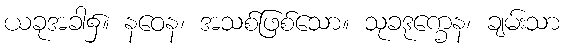
ယခုအခါ၌။ နဝေန၊ အသစ်ဖြစ်သော။ သုခဒုက္ခေန၊ ချမ်းသာ